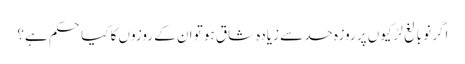
اگر نو بالغ لڑکیوں پر روزہ حد سے زیادہ شاق ہو تو ان کے روزوں کا کیا حکم ہے؟